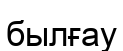
былғау